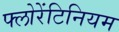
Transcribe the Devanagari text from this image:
फ्लोरेंटिनियम